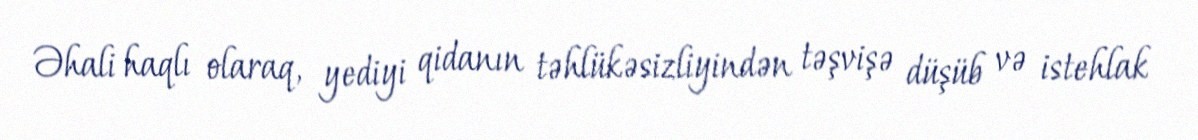
Əhali haqlı olaraq, yediyi qidanın təhlükəsizliyindən təşvişə düşüb və istehlak